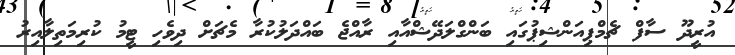
އުރީދޫ ސާފް ޗެމްޕިއަންޝިޕުގައި ބަންގްލަދޭޝްއާއި ރާއްޖެ ބައްދަލުކުރާ މެޗަށް ދިވެހި ޓީމު ކުރިމަތިލާއިރު